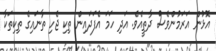
އޮޅުން އަރަމުންވެސް ދާތީއެވެ. އަދި ހަމަ އެފަދައިން ތިކި ޖެހި ތާނައިގެ ތިކިތަކާ